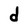
Character: d